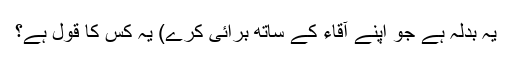
یہ بدلہ ہے جو اپنے آقاء کے ساتھ برائی کرے) یہ کس کا قول ہے؟